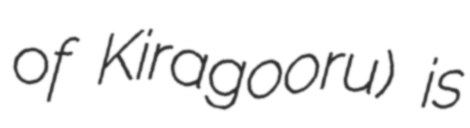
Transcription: of Kiragooru) is